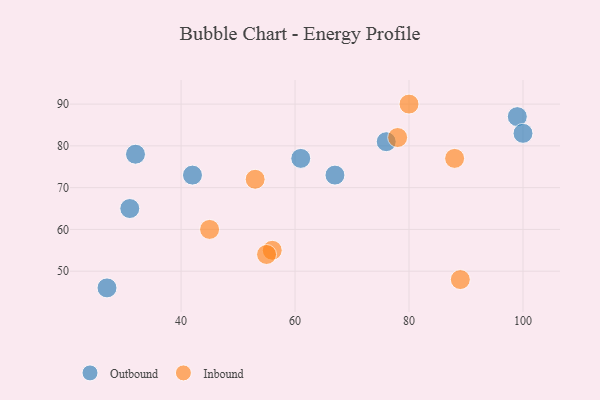
{"axis": {"x": "GDP", "y": "Life Expectancy"}, "legend": ["Inbound", "Outbound"], "data": [{"x": "99", "y": 87, "type": "Outbound"}, {"x": "27", "y": 46, "type": "Outbound"}, {"x": "67", "y": 73, "type": "Outbound"}, {"x": "42", "y": 73, "type": "Outbound"}, {"x": "100", "y": 83, "type": "Outbound"}, {"x": "61", "y": 77, "type": "Outbound"}, {"x": "31", "y": 65, "type": "Outbound"}, {"x": "32", "y": 78, "type": "Outbound"}, {"x": "76", "y": 81, "type": "Outbound"}, {"x": "88", "y": 77, "type": "Inbound"}, {"x": "56", "y": 55, "type": "Inbound"}, {"x": "53", "y": 72, "type": "Inbound"}, {"x": "89", "y": 48, "type": "Inbound"}, {"x": "45", "y": 60, "type": "Inbound"}, {"x": "55", "y": 54, "type": "Inbound"}, {"x": "80", "y": 90, "type": "Inbound"}, {"x": "78", "y": 82, "type": "Inbound"}]}